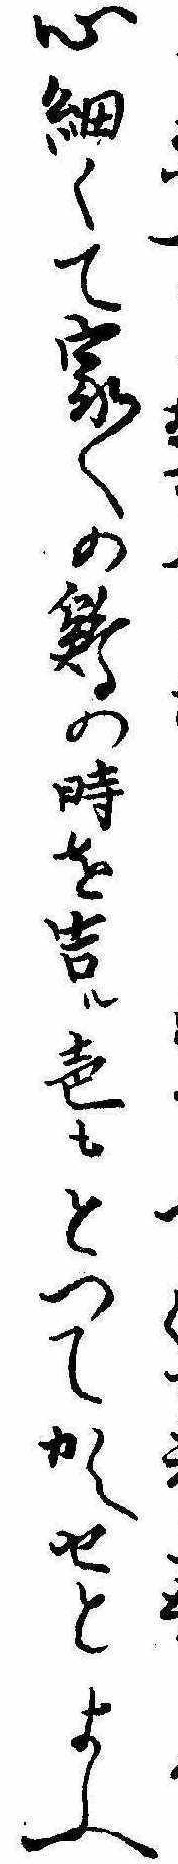
く心細くて家〱の鶏の時を告ル声もとつてかへせとよふ